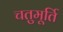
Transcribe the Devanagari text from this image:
चतुमूर्ति